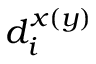
d _ { i } ^ { x ( y ) }